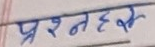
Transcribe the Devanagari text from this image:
प्रश्नहर